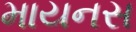
માયનસ